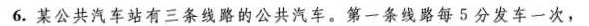
6.某公共汽车站有三条线路的公共汽车。第一条线路每5分发车一次，